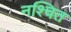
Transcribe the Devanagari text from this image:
नश्चित